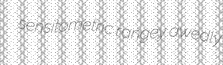
sensitometric rangey awedly